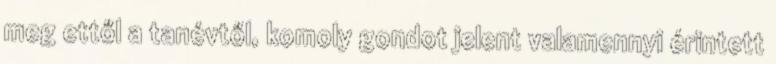
meg ettől a tanévtől, komoly gondot jelent valamennyi érintett